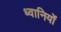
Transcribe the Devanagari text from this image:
ध्वानियों